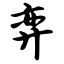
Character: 弈